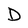
Character: D